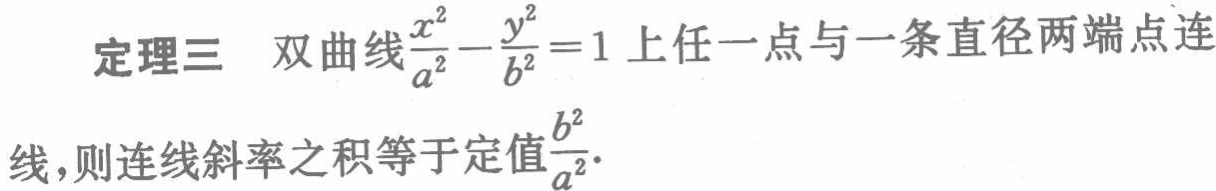
定理三 双曲线$\frac{x^{2}}{a^{2}}-\frac{y^{2}}{b^{2}} = 1$上任一点与一条直径两端点连线，则连线斜率之积等于定值$\frac{b^{2}}{a^{2}}$.